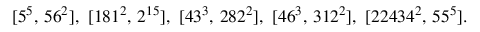
[ 5 ^ { 5 } , \, 5 6 ^ { 2 } ] , \ [ 1 8 1 ^ { 2 } , \, 2 ^ { 1 5 } ] , \ [ 4 3 ^ { 3 } , \, 2 8 2 ^ { 2 } ] , \ [ 4 6 ^ { 3 } , \, 3 1 2 ^ { 2 } ] , \ [ 2 2 4 3 4 ^ { 2 } , \, 5 5 ^ { 5 } ] .